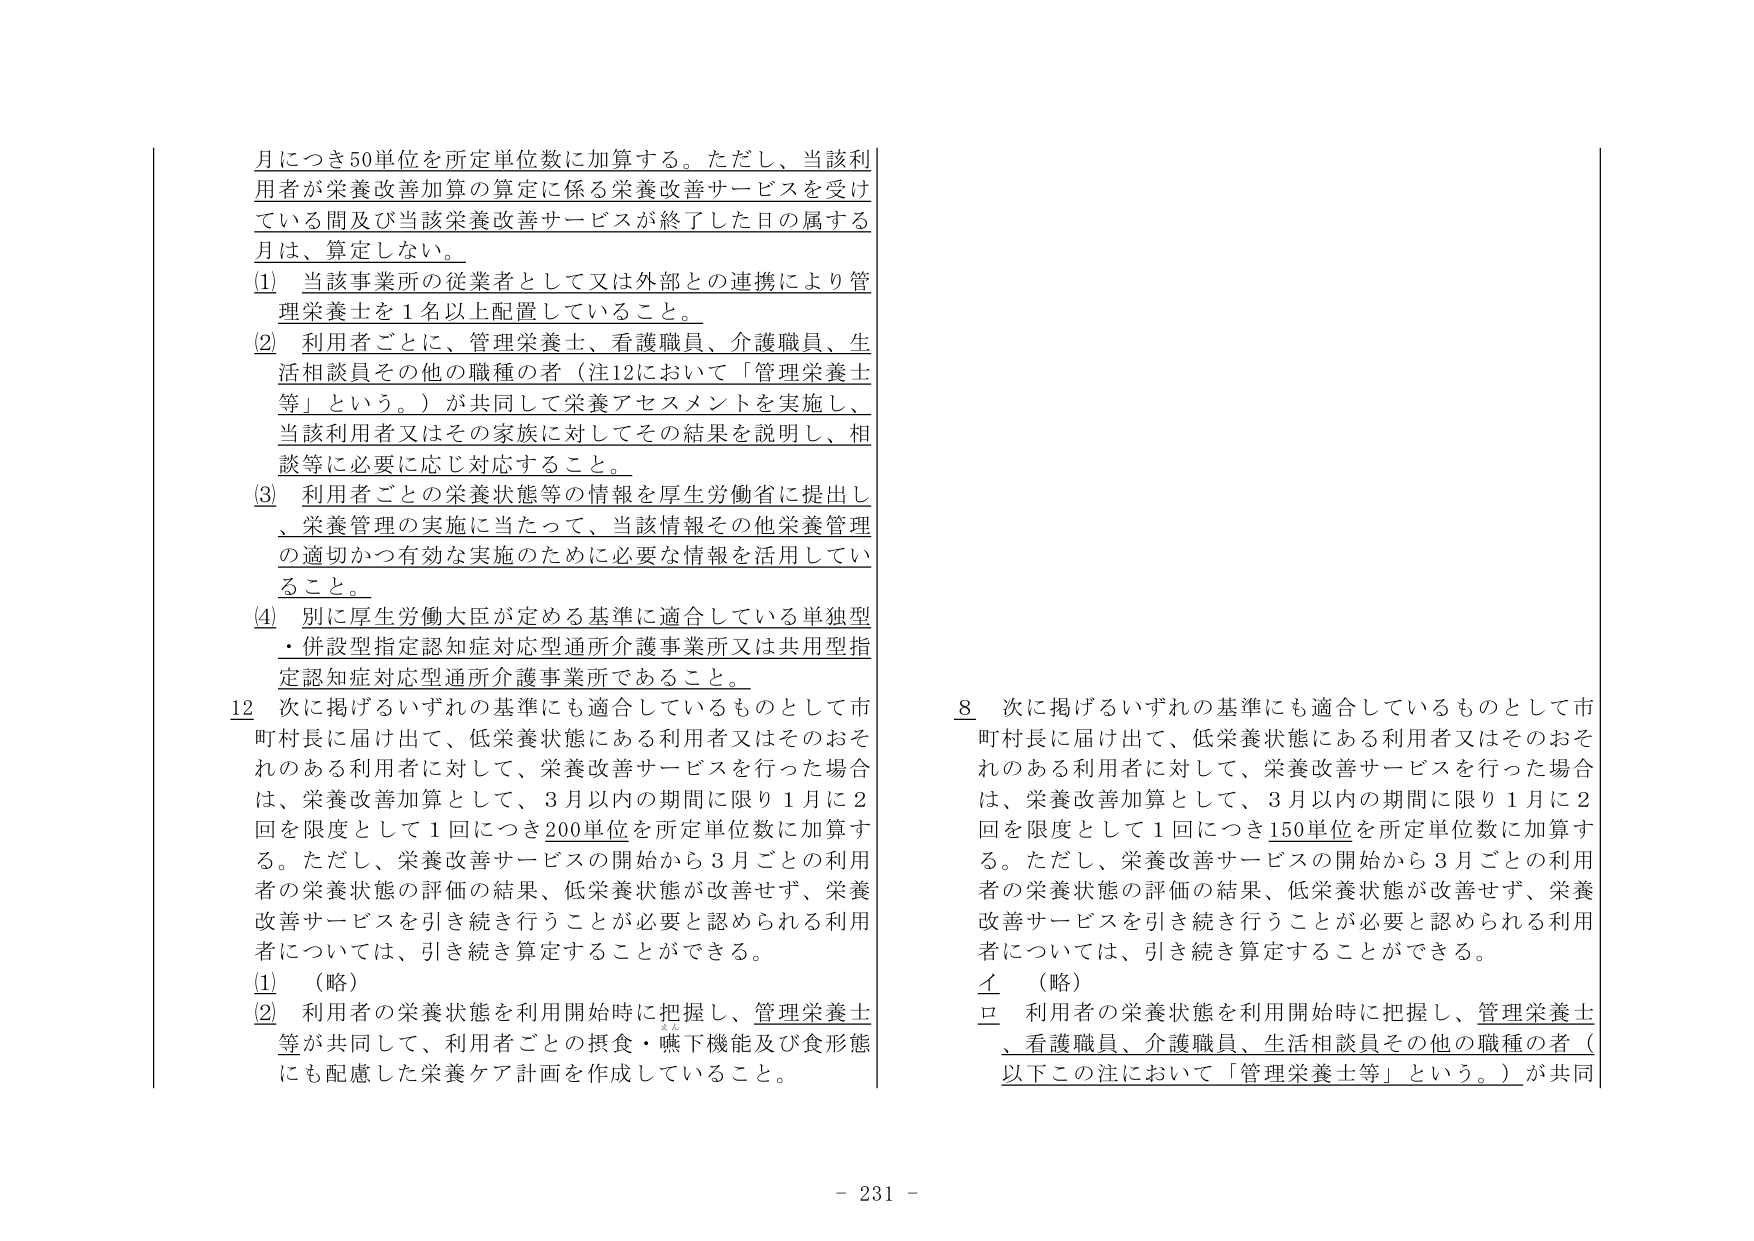
月につき50単位を所定単位数に加算する。ただし、当該利用者が栄養改善加算の算定に係る栄養改善サービスを受けている間及び当該栄養改善サービスが終了した日の属する月は、算定しない。

(1) 当該事業所の従業者として又は外部との連携により管理栄養士を1名以上配置していること。

(2) 利用者ごとに、管理栄養士、看護職員、介護職員、生活相談員その他の職種の者（注12において「管理栄養士等」という。）が共同して栄養アセスメントを実施し、当該利用者又はその家族に対してその結果を説明し、相談等に必要に応じ対応すること。

(3) 利用者ごとの栄養状態等の情報を厚生労働省に提出し、栄養管理の実施に当たって、当該情報その他栄養管理の適切かつ有効な実施のために必要な情報を活用していること。

(4) 別に厚生労働大臣が定める基準に適合している単独型・併設型指定認知症対応型通所介護事業所又は共用型指定認知症対応型通所介護事業所であること。

12 次に掲げるいずれの基準にも適合しているものとして市町村長に届け出て、低栄養状態にある利用者又はそのおそれのある利用者に対して、栄養改善サービスを行った場合は、栄養改善加算として、3月以内の期間に限り1月に2回を限度として1回につき200単位を所定単位数に加算する。ただし、栄養改善サービスの開始から3月ごとの利用者の栄養状態の評価の結果、低栄養状態が改善せず、栄養改善サービスを引き続き行うことが必要と認められる利用者については、引き続き算定することができる。

(1) （略）

(2) 利用者の栄養状態を利用開始時に把握し、管理栄養士等が共同して、利用者ごとの摂食・嚥下機能及び食形態にも配慮した栄養ケア計画を作成していること。

8 次に掲げるいずれの基準にも適合しているものとして市町村長に届け出て、低栄養状態にある利用者又はそのおそれのある利用者に対して、栄養改善サービスを行った場合は、栄養改善加算として、3月以内の期間に限り1月に2回を限度として1回につき150単位を所定単位数に加算する。ただし、栄養改善サービスの開始から3月ごとの利用者の栄養状態の評価の結果、低栄養状態が改善せず、栄養改善サービスを引き続き行うことが必要と認められる利用者については、引き続き算定することができる。

イ （略）

ロ 利用者の栄養状態を利用開始時に把握し、管理栄養士、看護職員、介護職員、生活相談員その他の職種の者（以下この注において「管理栄養士等」という。）が共同

- 231 -